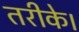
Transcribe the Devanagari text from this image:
तरीके।